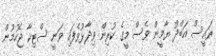
ރައީސް އަބްދު ޔާމީން ވެސް މީގެ ކުރިން ވިދާޅުވެފައި ވަނީ ސްޓިކާ ޖެހުމުން